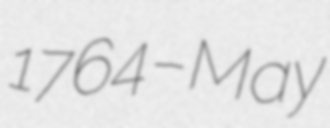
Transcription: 1764 – May